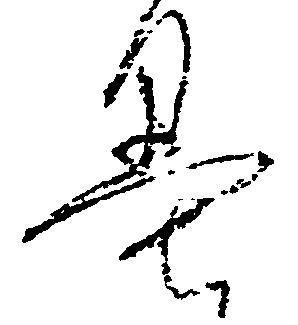
墨